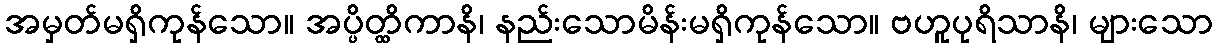
အမှတ်မရှိကုန်သော။ အပ္ပိတ္ထိကာနိ၊ နည်းသောမိန်းမရှိကုန်သော။ ဗဟူပုရိသာနိ၊ များသော